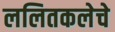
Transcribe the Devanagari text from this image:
ललितकलेचे